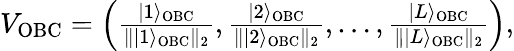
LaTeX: \begin{array}{r}{V_{\mathrm{OBC}}=\left(\frac{|1\rangle_{\mathrm{OBC}}}{\| |1\rangle_{\mathrm{OBC}}\| _{2}},\frac{|2\rangle_{\mathrm{OBC}}}{\| |2\rangle_{\mathrm{OBC}}\| _{2}},\dots,\frac{|L\rangle_{\mathrm{OBC}}}{\| |L\rangle_{\mathrm{OBC}}\| _{2}}\right),}\end{array}